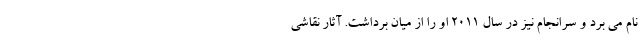
نام می برد و سرانجام نیز در سال ۲۰۱۱ او را از میان برداشت. آثار نقاشی